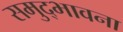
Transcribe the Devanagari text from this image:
समुद्भावना